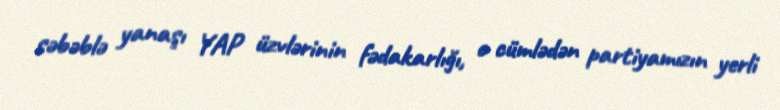
səbəblə yanaşı YAP üzvlərinin fədakarlığı, o cümlədən partiyamızın yerli